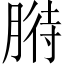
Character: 𦞒